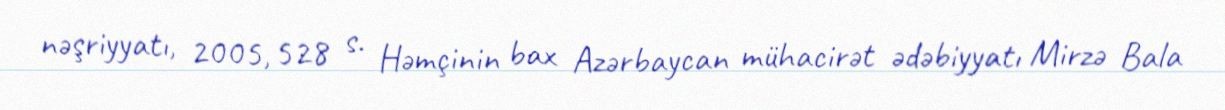
nəşriyyatı, 2005, 528 s. Həmçinin bax Azərbaycan mühacirət ədəbiyyatı Mirzə Bala